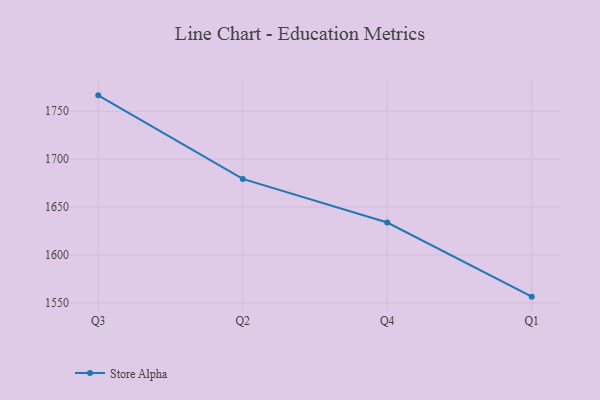
{"axis": {"x": "Quarter", "y": "Revenue (USD Million)"}, "legend": ["Store Alpha"], "data": [{"x": "Q3", "y": 1766.6, "type": "Store Alpha"}, {"x": "Q2", "y": 1679.4, "type": "Store Alpha"}, {"x": "Q4", "y": 1633.9, "type": "Store Alpha"}, {"x": "Q1", "y": 1556.5, "type": "Store Alpha"}]}